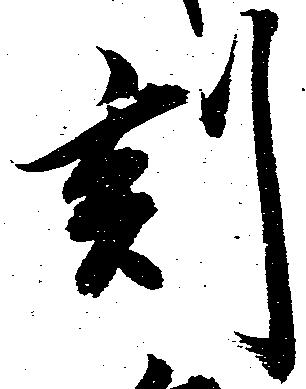
刻